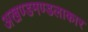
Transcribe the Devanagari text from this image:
अखण्डमण्डलाकार